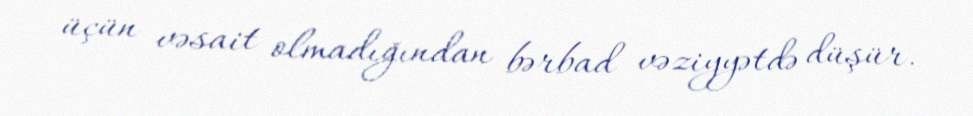
üçün vəsait olmadığından bərbad vəziyyətdə düşür.